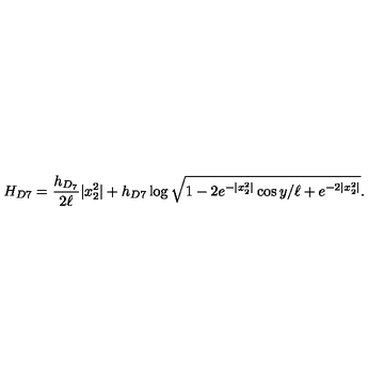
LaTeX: H _ { D 7 } = \frac { h _ { D _ { 7 } } } { 2 \ell } | x _ { 2 } ^ { 2 } | + h _ { D 7 } \log { \sqrt { 1 - 2 e ^ { - | x _ { 2 } ^ { 2 } | } \cos { y / \ell } + e ^ { - 2 | x _ { 2 } ^ { 2 } | } } } .